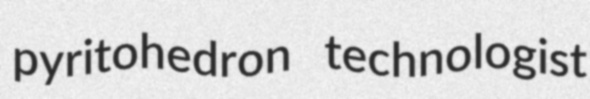
pyritohedron technologist